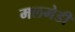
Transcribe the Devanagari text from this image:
मलमेडी